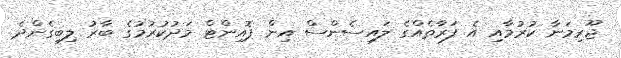
ޖޫރިމަނާ ކުރުމާއި އެ ފަރާތެއްގެ ލައިސެންސް އިން ޕޮއިންޓް މަދުކުރުމުގެ ބާރު ލިބިގެންދެ